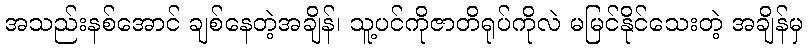
အသည်းနစ်အောင် ချစ်နေတဲ့အချိန်၊ သူ့ပင်ကိုဇာတိရုပ်ကိုလဲ မမြင်နိုင်သေးတဲ့ အချိန်မှ